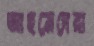
আহমেদেরা